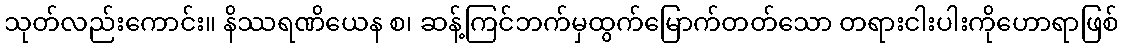
သုတ်လည်းကောင်း။ နိဿရဏိယေန စ၊ ဆန့်ကြင်ဘက်မှထွက်မြောက်တတ်သော တရားငါးပါးကိုဟောရာဖြစ်